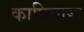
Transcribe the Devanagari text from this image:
कापिवारा